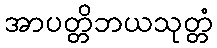
အာပတ္တိဘယသုတ္တံ